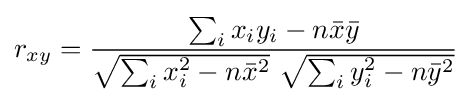
r_{xy}={\frac {\sum _{i}x_{i}y_{i}-n{\bar {x}}{\bar {y}}}{{\sqrt {\sum _{i}x_{i}^{2}-n{\bar {x}}^{2}}}~{\sqrt {\sum _{i}y_{i}^{2}-n{\bar {y}}^{2}}}}}